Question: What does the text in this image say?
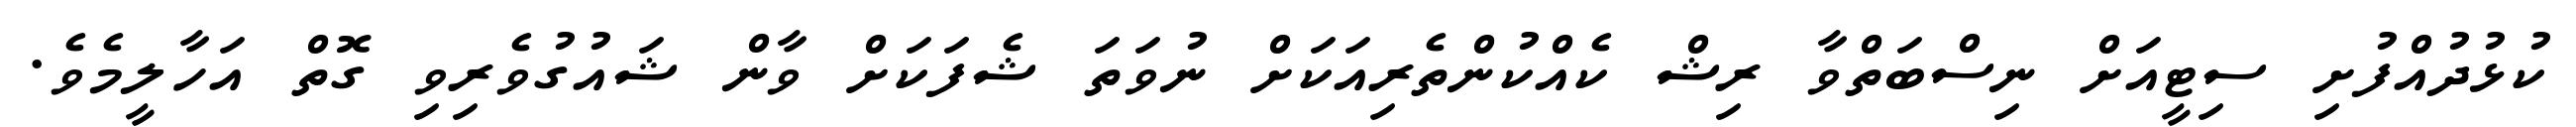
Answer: ކުޅުދުއްފުށި ސިޓީއަށް ނިސްބަތްވާ ރިޝް ކެއްކުންތެރިއަކަށް ނުވަތަ ޝެފަކަށް ވާން ޝައުގުވެރިވި ގޮތް އަހާލީމެވެ.